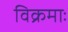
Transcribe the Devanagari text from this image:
विक्रमाः